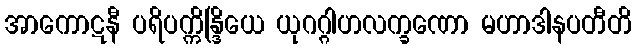
အာကောဋနီ ပရိပက္ကိန္ဒြိယေ ယုဂဂ္ဂါဟလက္ခဏော မဟာဒါနပတီတိ